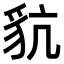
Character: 𧲪